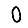
Digit: 0